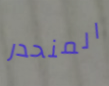
المنحدر